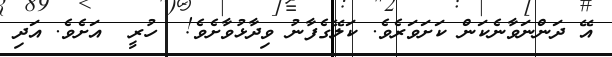
އޭ ދަންނަވާނެކަން ކަށަވަރެވެ. ކަލޭގެފާނު ވިދާޅުވާށެވެ!  ހުރީ  އަށެވެ. އަދި